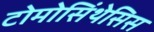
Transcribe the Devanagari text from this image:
टोमोसिंथेसिस